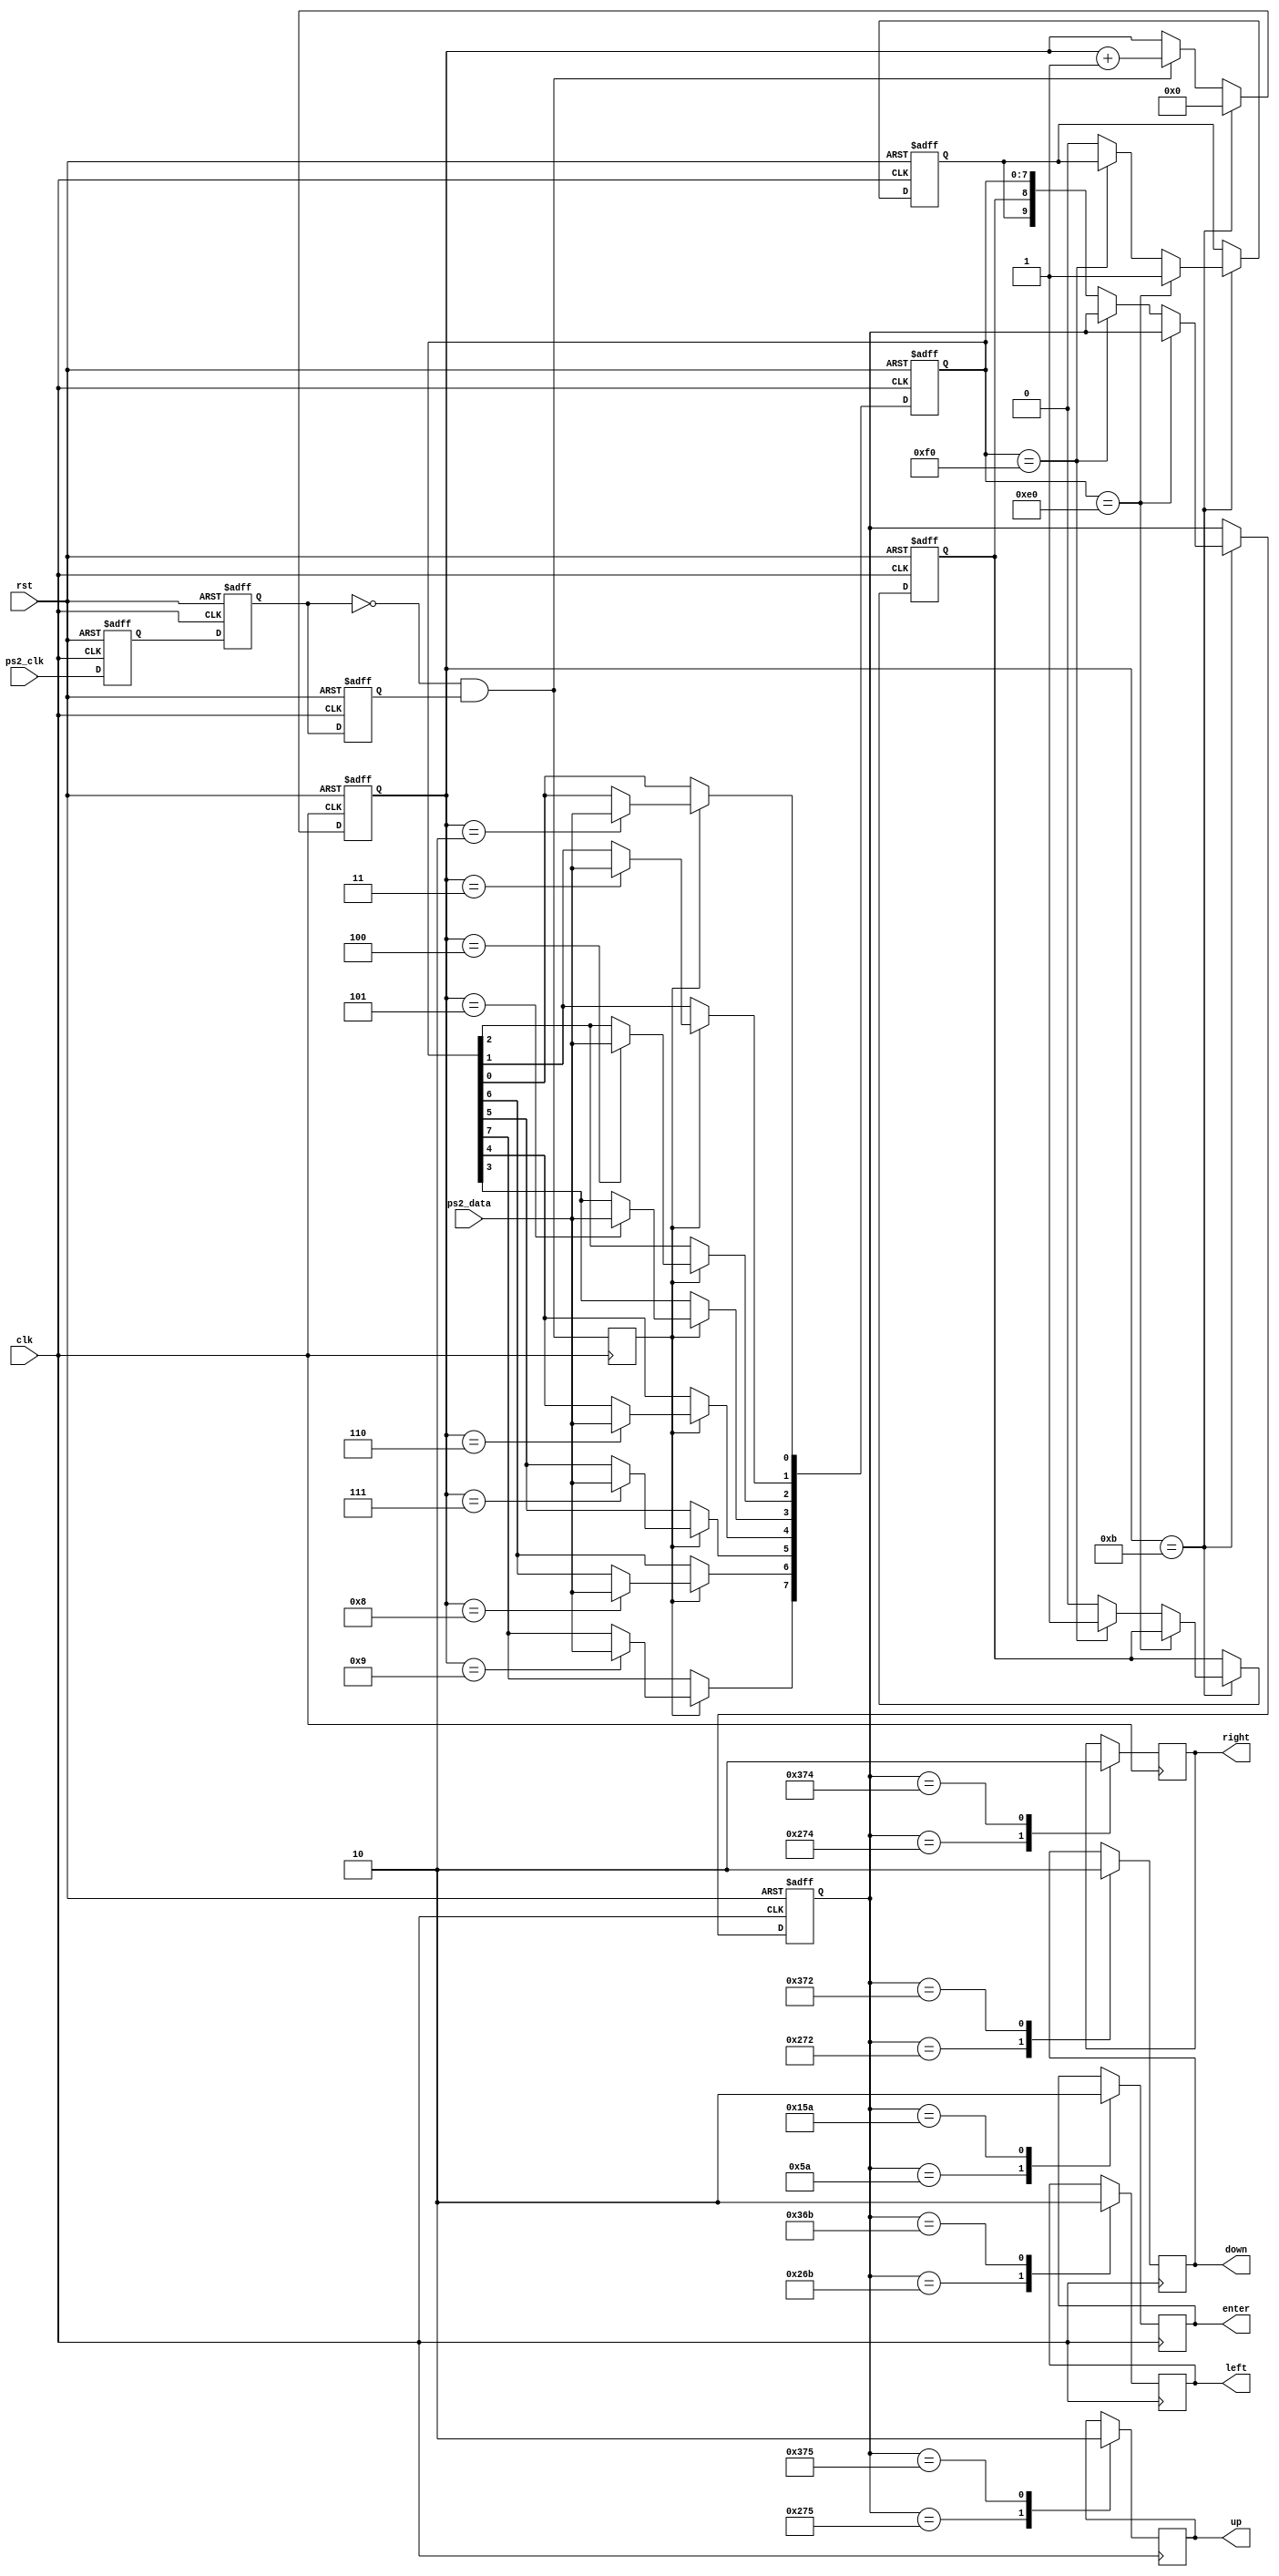
module PS2 (
    input clk,
    input rst,
    input ps2_clk,
    input ps2_data,
    output reg up,
    output reg down,
    output reg left,
    output reg right,
    output reg enter
);

reg ps2_clk_flag0, ps2_clk_flag1, ps2_clk_flag2;
reg [7:0] temp_data;
reg [9:0] data;
reg data_break, data_done, data_expand;
reg [3:0] num;

always@(posedge clk or posedge rst)begin
    if(rst)begin
        ps2_clk_flag0<=1'b0;
        ps2_clk_flag1<=1'b0;
        ps2_clk_flag2<=1'b0;
    end
    else begin
        ps2_clk_flag0<=ps2_clk;
        ps2_clk_flag1<=ps2_clk_flag0;
        ps2_clk_flag2<=ps2_clk_flag1;
    end
end

wire negedge_ps2_clk = !ps2_clk_flag1 & ps2_clk_flag2;  //1 when negedge of ps2_clk
reg negedge_ps2_clk_shift;

always@(posedge clk)begin
    negedge_ps2_clk_shift<=negedge_ps2_clk;
end


always@(posedge clk or posedge rst)begin
	if(rst)
		num<=4'd0;
	else if (num==4'd11)
		num<=4'd0;
	else if (negedge_ps2_clk)
		num<=num+1'b1;
end


always@(posedge clk or posedge rst)begin
	if(rst)
		temp_data<=8'd0;
	else if (negedge_ps2_clk_shift)begin
		case(num)
			4'd2 : temp_data[0]<=ps2_data;
			4'd3 : temp_data[1]<=ps2_data;
			4'd4 : temp_data[2]<=ps2_data;
			4'd5 : temp_data[3]<=ps2_data;
			4'd6 : temp_data[4]<=ps2_data;
			4'd7 : temp_data[5]<=ps2_data;
			4'd8 : temp_data[6]<=ps2_data;
			4'd9 : temp_data[7]<=ps2_data;
			default: temp_data<=temp_data;
		endcase
	end
	else temp_data<=temp_data;
end

always@(posedge clk or posedge rst)begin
	if(rst)begin
		data_break<=1'b0;
		data<=10'd0;
		data_expand<=1'b0;
	end
	else if(num==4'd11)begin
		if(temp_data==8'hE0)begin
			data_expand<=1'b1;
		end
		else if(temp_data==8'hF0)begin
			data_break<=1'b1;
		end
		else begin
			data<={data_expand,data_break,temp_data};
			data_expand<=1'b0;
			data_break<=1'b0;  //reset
		end
	end
	else begin
		data<=data;
		data_expand<=data_expand;
		data_break<=data_break;
	end
end


always @(posedge clk) begin
	case (data)
        10'h05A:enter <= 1;
        10'h15A:enter <= 0;
        10'h275:up <= 1;
        10'h375:up <= 0;
        10'h272:down <= 1;
        10'h372:down <=0;
        10'h26B:left <= 1;
        10'h36B:left <= 0;
        10'h274:right <= 1;
        10'h374:right <= 0;
    endcase
end

endmodule